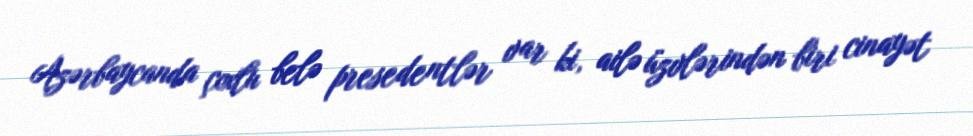
Azərbaycanda çoxlu belə presedentlər var ki, ailə üzvlərindən biri cinayət